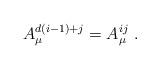
LaTeX: \begin{align*}A_{\mu}^{d(i-1)+j}=A_{\mu}^{ij}\ .\end{align*}